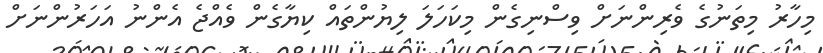
މިހާރު މިތަނުގެ ވެރިންނަށް ވިސްނިގެން މިކަހަލަ ލިޔުންތައް ކިޔާގެން ވެއްޖެ އެންނު އަހަރުންނަށް